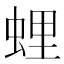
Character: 𧋎